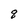
Character: q